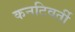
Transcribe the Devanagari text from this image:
कनटिवर्ती